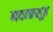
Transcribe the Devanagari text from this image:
नवाकशूत